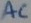
Text: AC